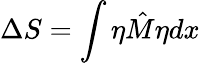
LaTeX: \Delta S=\int\eta\hat{M}\eta dx